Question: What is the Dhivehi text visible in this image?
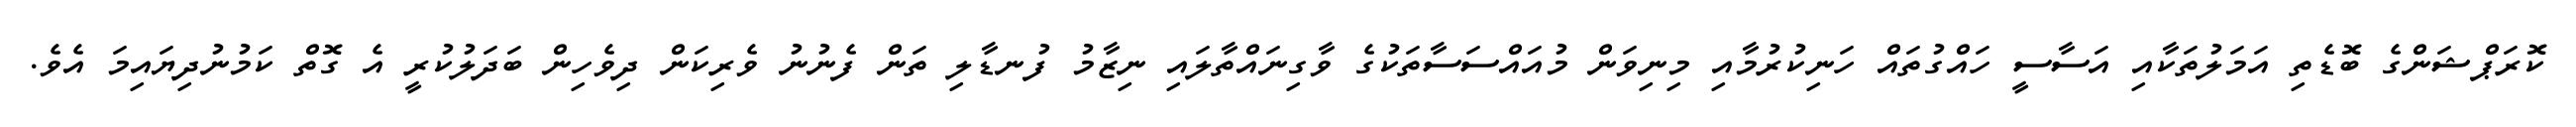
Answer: ކޮރަޕްޝަންގެ ބޮޑެތި އަމަލުތަކާއި އަސާސީ ހައްގުތައް ހަނިކުރުމާއި މިނިވަން މުއައްސަސާތަކުގެ ވާގިނައްތާލައި ނިޒާމު ފުނޑާލި ތަން ފެނުނު ވެރިކަން ދިވެހިން ބަދަލުކުރީ އެ ގޮތް ކަމުނުދިޔައިމަ އެވެ.